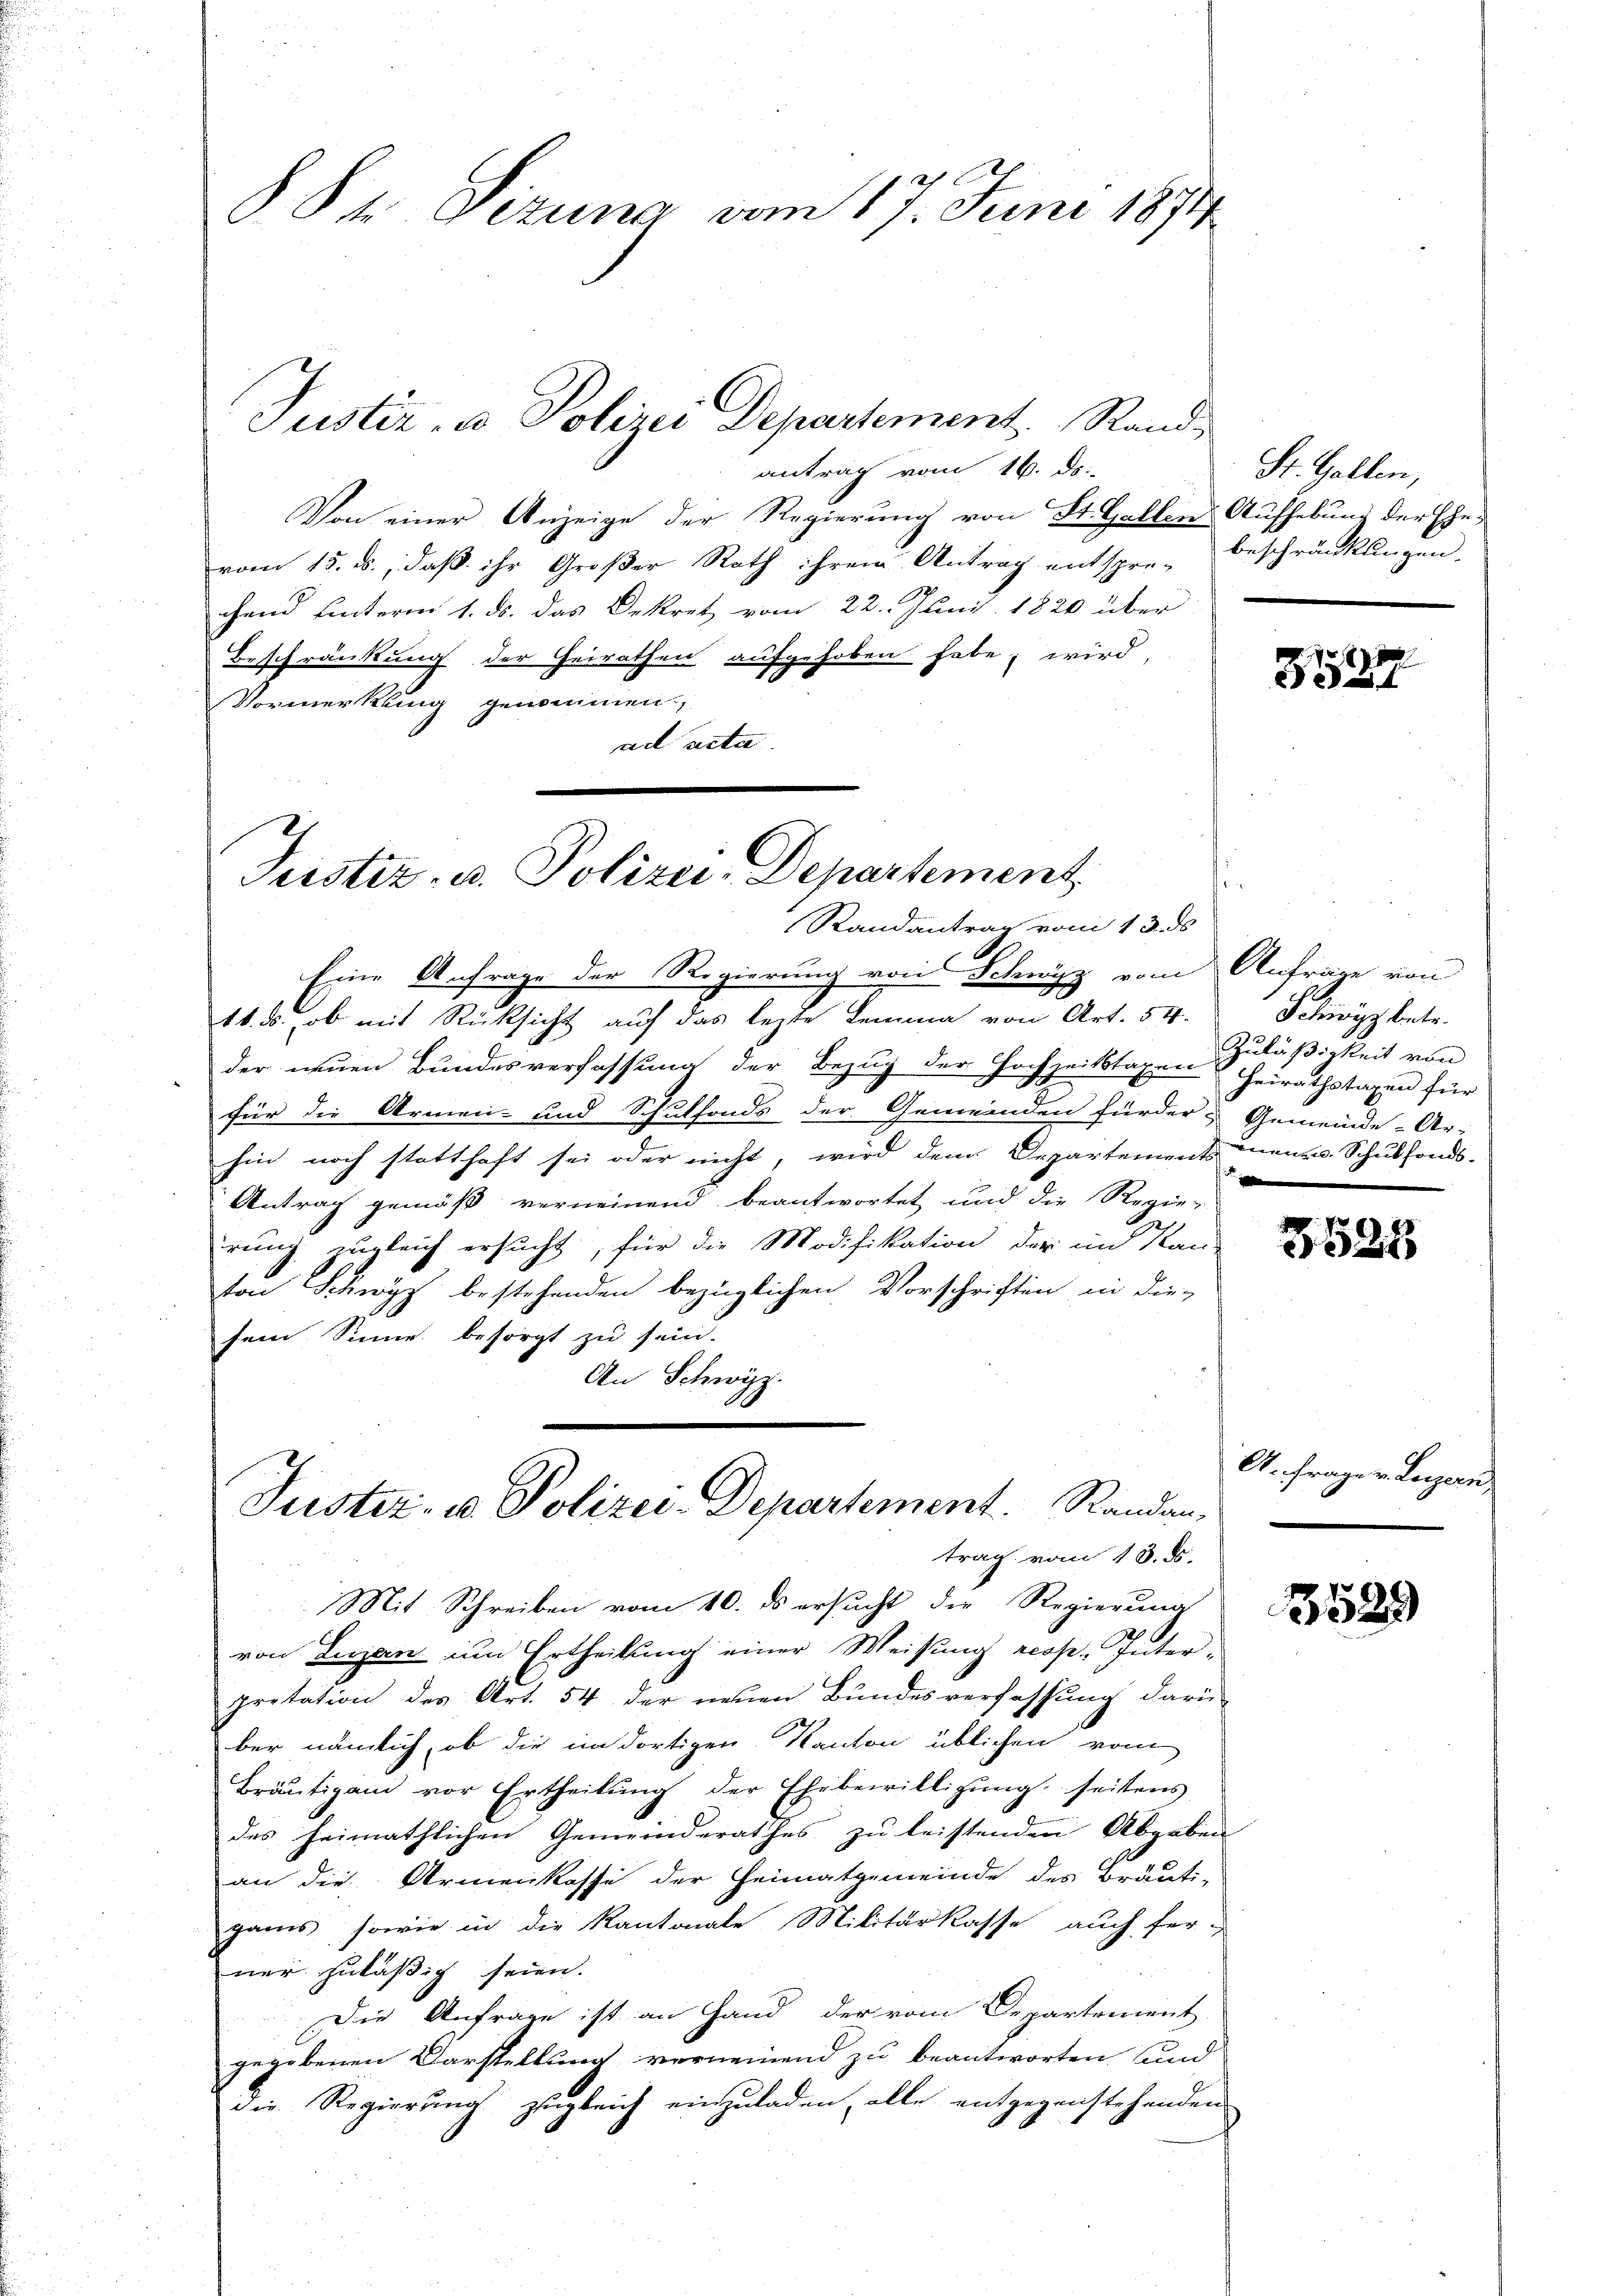
Von einer Anzeige der Regierung von St. Gallen Aufhebung der Ehe-
vom 15. ds., daß ihr Großer Rath ihrem Antrag entspre-
chend hinterm 1. ds. das Dekret vom 22. Juni 1820 über
Beschränkung der Heirathen aufgehoben habe; wird,
Vormerkung genommen,
ad acta

antrag vom 16. ds.

§ 84. Sizung vom 17. Juni 1874.
Justiz- u Polizei Departement. Rand¬

Justiz- u. Polizei-Departement
Randantrag vom 13. ds

Eine Anfrage der Regierung von Schwyz vom Anfrage von
11. s. ob mit Rücksicht auf das lezte Lemma von Art. 54.
der neuen Bundesverfassung der Bezug der Hochzeitstaxen Heirathstagen für
für die Armen- und Schulfonds der Gemeinden fürder Gemeinde-Ar-
hin noch statthaft sei oder nicht, wird dem Departements men- u. Schulfonds-
Antrag gemäß verneinend beantwortet und die Regie-
rung zugleich ersucht, für die Modifikation der im Kan-
ton Schwyz bestehenden bezüglichen Vorschriften in die-
sein Sinne besorgt zu sein.
An Schwyz.
Mit Schreiben vom 10. ds ersucht die Regierung
von Luzan um Ertheilung einer Weisung resp. Interpretation des Art. 54 der neuen Bundesverfassung darü-
ber nämlich, ob die im dortigen Kanton üblichen vom
Bräutigam vor Ertheilung der Ehebewilligung seitens
des heimathlichen Gemeinderathes zu leistenden Abgaben
an die Armenkasse der Heimatgemeinde des Bräuti-
gans, sowie in die Kantonale Militärkasse auch fer-
ner zuläßig seien.
Die Anfrage ist an Hand der vom Departement
gegebenen Darstellung verneinend zu beantworten und
die Regierung zugleich einzuladen, alle entgegenstehenden

Justiz- u. Polizei-Departement.   Randantrag vom 13. ds.

St. Gallen,
beschränkungen.

3537

Schweiz betr.
Zuläßigkeit von
e

1
523

A. Frage v. Luzern,

3529